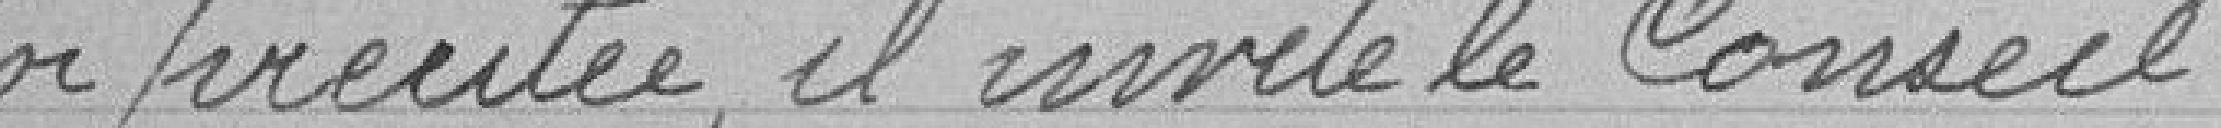
loi précitée, il invite le Conseil